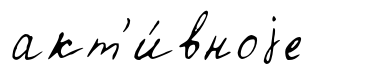
акт'и́вноjе